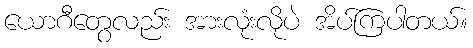
ယောဂီတွေလည်း အားလုံးလိုပဲ အိပ်ကြပါတယ်။